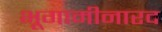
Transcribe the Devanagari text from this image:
भूगामीनारद